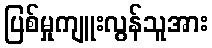
ပြစ်မှုကျူးလွန်သူအား